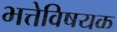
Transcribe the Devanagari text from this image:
भत्तेविषयक